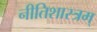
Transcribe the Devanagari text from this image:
नीतिशास्त्रम्‌